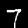
Label: 7